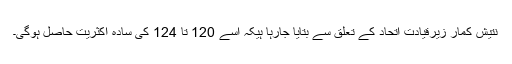
نتیش کمار زیرقیادت اتحاد کے تعلق سے بتایا جارہا ہیکہ اسے 120 تا 124 کی سادہ اکثریت حاصل ہوگی۔